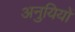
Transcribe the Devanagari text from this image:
अनुयियों